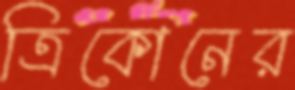
ত্রিকোনের